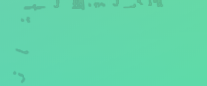
خدمات تنظيف المنازل والمك